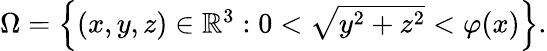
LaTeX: \begin{array}{r}{\Omega=\left\{ (x,y,z)\in\mathbb{R}^{3}:0<\sqrt{y^{2}+z^{2}}<\varphi(x)\right\} .}\end{array}